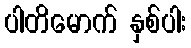
ပါတိမောက် နှစ်ပါး